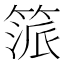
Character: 𥯠